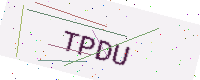
Text: TPDU